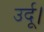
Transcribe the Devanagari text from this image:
उर्दू।